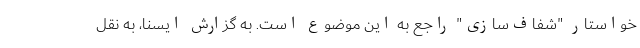
خواستار "شفاف‌سازی" راجع به این موضوع است. به گزارش ایسنا، به نقل